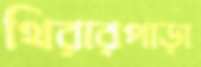
থিরারপাড়া